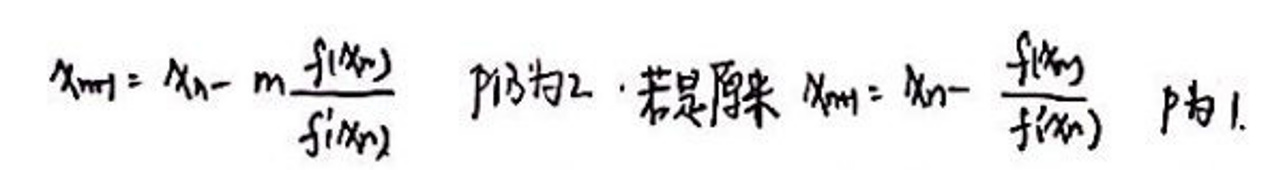
\[ x_{n + 1}=x_{n}-m\frac{f(x_{n})}{f'(x_{n})}\quad p\text{为}2\cdot\text{若是原来}\ x_{n + 1}=x_{n}-\frac{f(x_{n})}{f'(x_{n})}\quad p\text{为}1. \]